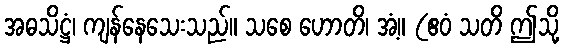
အဓသိဋ္ဌံ၊ ကျန်နေသေးသည်။ သစေ ဟောတိ၊ အံ့။ (ဧဝံ သတိ ဤသို့